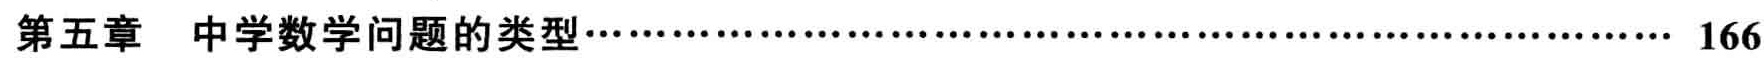
第五章 中学数学问题的类型\cdots\cdots\cdots\cdots\cdots\cdots\cdots\cdots\cdots\cdots\cdots\cdots\cdots\cdots\cdots\cdots\cdots\cdots\cdots\cdots\cdots\cdots\cdots\cdots\cdots 166